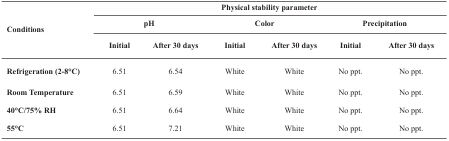
| <ROWSPAN=3> Conditions | <COLSPAN=6> Physical stability parameter |
 | <COLSPAN=2> pH | <COLSPAN=2> Color | <COLSPAN=2> Precipitation |
 | Initial | After 30 days | Initial | After 30 days | Initial | After 30 days |
 | --- | --- | --- | --- | --- | --- | --- |
 | Refrigeration (2-8°C) | 6.51 | 6.54 | White | White | No ppt. | No ppt. |
 | Room Temperature | 6.51 | 6.59 | White | White | No ppt. | No ppt. |
 | 40°C/75% RH | 6.51 | 6.64 | White | White | No ppt. | No ppt. |
 | 55°C | 6.51 | 7.21 | White | White | No ppt. | No ppt. |